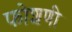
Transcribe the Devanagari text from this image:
फोशणी